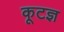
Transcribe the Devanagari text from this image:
कूटज्ञ